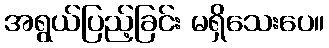
အရွယ်ပြည့်ခြင်း မရှိသေးပေ။